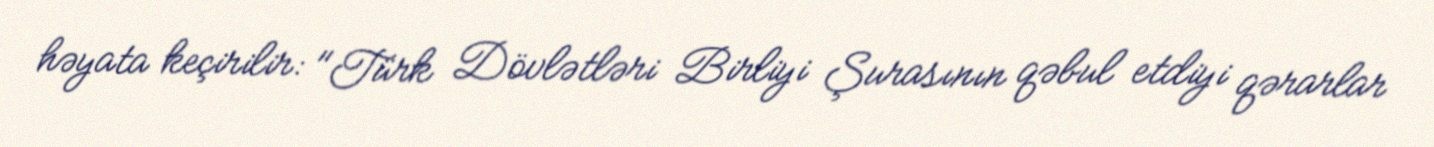
həyata keçirilir: "Türk Dövlətləri Birliyi Şurasının qəbul etdiyi qərarlar